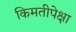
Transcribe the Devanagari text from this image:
किमतीपेक्षा